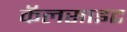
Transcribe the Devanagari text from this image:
कॅलसाइट